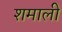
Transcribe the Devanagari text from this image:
शमाली